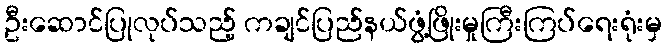
ဦးဆောင်ပြုလုပ်သည့် ကချင်ပြည်နယ်ဖွံ့ဖြိုးမှုကြီးကြပ်ရေးရုံးမှ